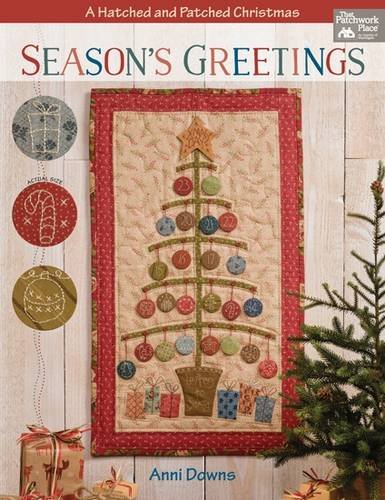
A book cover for Season's Greetings: A Hatched and Patched Christmas; Anni Downs; Crafts, Hobbies & Home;